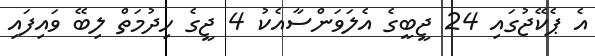
އެ ޕެކޭޖުގައި 24 ޖީބީގެ އެލަވަންސާއެކު 4 ޖީގެ ހިދުމަތް ލިބޭ ވައިފައި